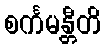
စင်္ကမန္တီတိ